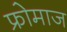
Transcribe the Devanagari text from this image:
फ्रोमाज